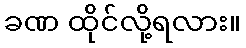
ခဏ ထိုင်လို့ရလား။